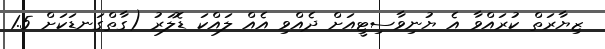
ޒިޔާރަތް ކުރައްވާ އެ ޔުނިވާސިޓީއަށް ދެއްވި އެއް ލައްކަ ޑޮލަރު (ގާތްގަނޑަކަށް 1.5